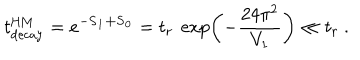
t _ { \mathrm { d e c a y } } ^ { \mathrm { H M } } = e ^ { - \bf S _ { 1 } + \bf S _ { 0 } } = t _ { r } \ \exp \left( - { \frac { 2 4 \pi ^ { 2 } } { V _ { 1 } } } \right) \ll t _ { r } \ .